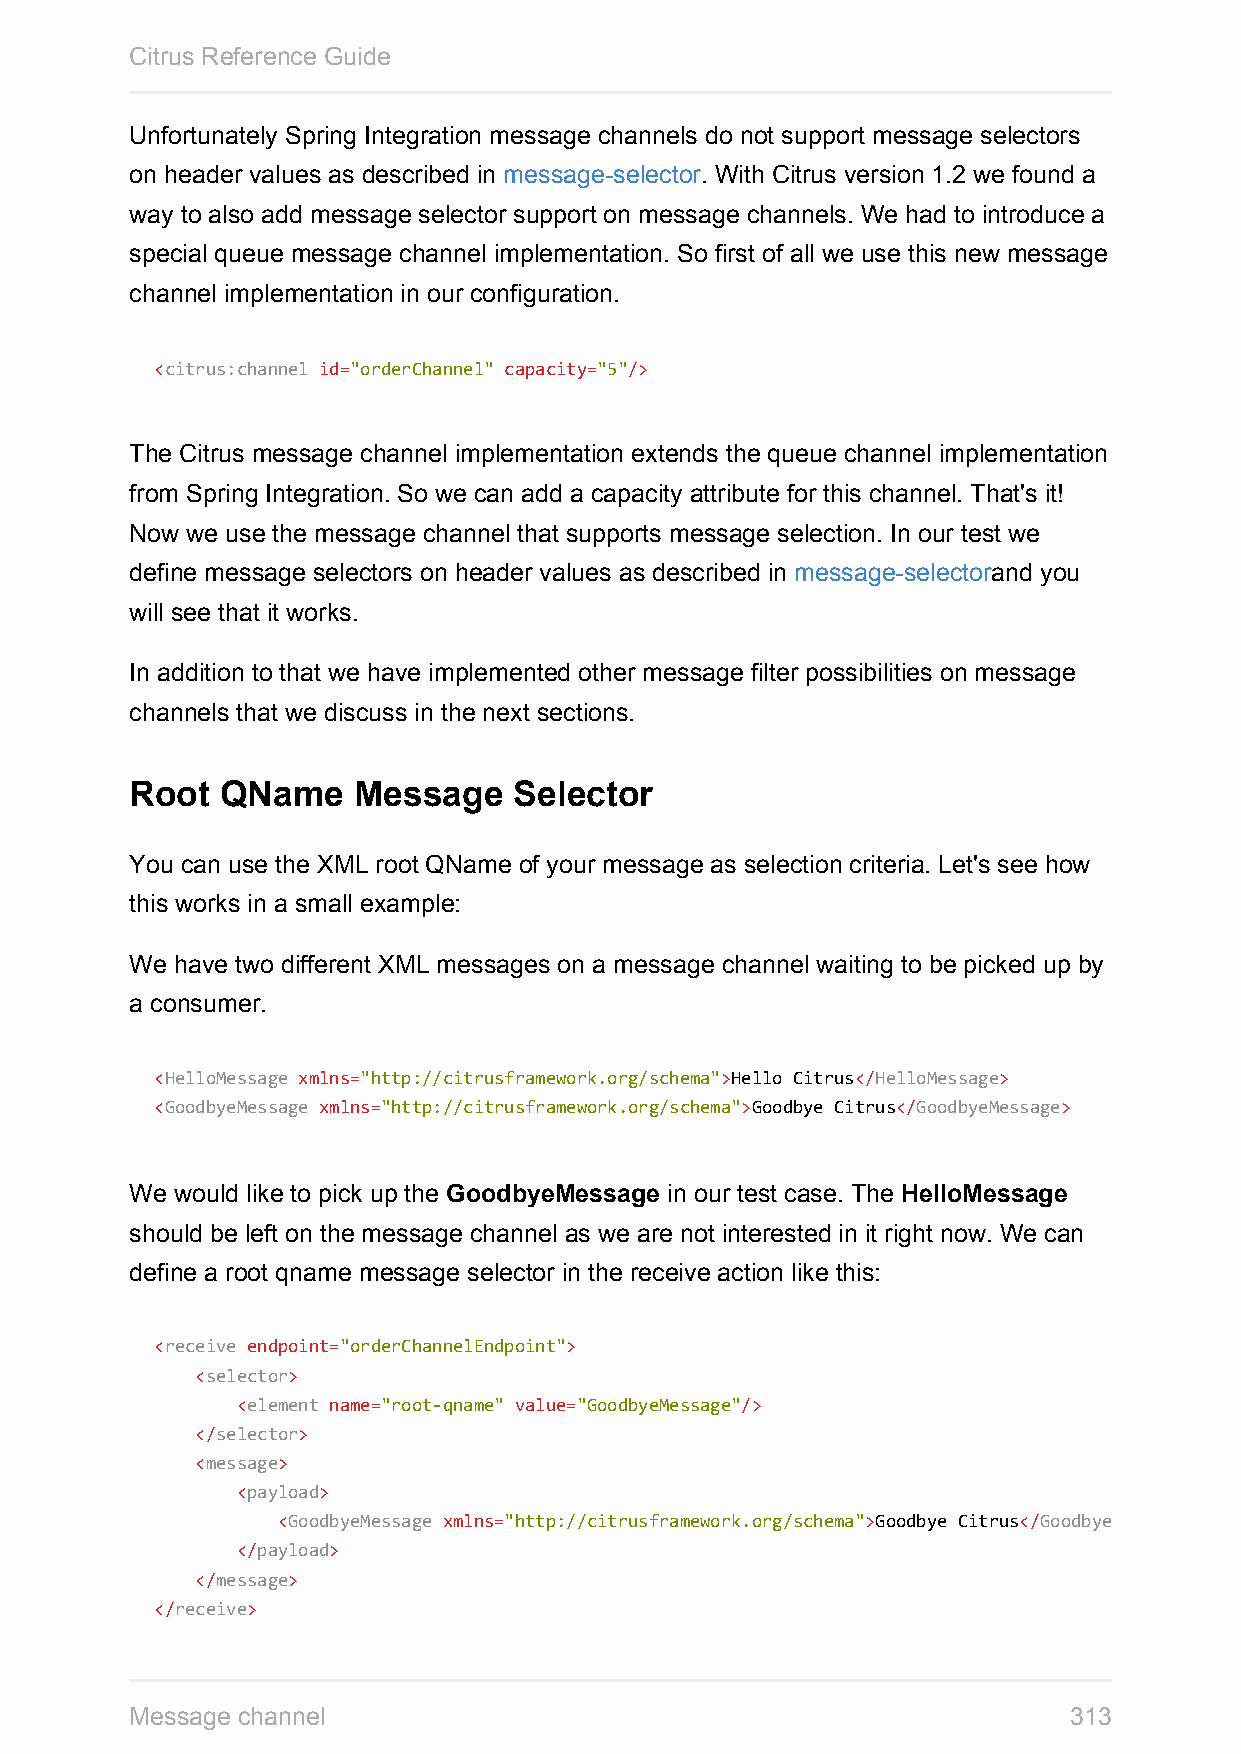
Citrus Reference Guide
 Unfortunately Spring Integration message channels do not support message selectors
 on header values as described in message-selector. With Citrus version 1.2 we found a
 way to also add message selector support on message channels. We had to introduce a
 special queue message channel implementation. So first of all we use this new message
 channel implementation in our configuration.
 <citrus:channel id="orderChannel" capacity="5"/>
 The Citrus message channel implementation extends the queue channel implementation
 from Spring Integration. So we can add a capacity attribute for this channel. That's it!
 Now we use the message channel that supports message selection. In our test we
 define message selectors on header values as described in message-selectorand you
 will see that it works.
 In addition to that we have implemented other message filter possibilities on message
 channels that we discuss in the next sections.
 Root  QName   Message    Selector
 You can use the XML root QName of your message as selection criteria. Let's see how
 this works in a small example:
 We have two different XML messages on a message channel waiting to be picked up by
 a consumer.
 <HelloMessage xmlns="http://citrusframework.org/schema">Hello Citrus</HelloMessage>
 <GoodbyeMessage xmlns="http://citrusframework.org/schema">Goodbye Citrus</GoodbyeMessage>
 We would like to pick up the GoodbyeMessage in our test case. The HelloMessage
 should be left on the message channel as we are not interested in it right now. We can
 define a root qname message selector in the receive action like this:
 <receive endpoint="orderChannelEndpoint">
 <selector>
 <element name="root-qname" value="GoodbyeMessage"/>
 </selector>
 <message>
 <payload>
 <GoodbyeMessage xmlns="http://citrusframework.org/schema">Goodbye Citrus</GoodbyeMessage
 </payload>
 </message>
 </receive>
 Message channel                                               313